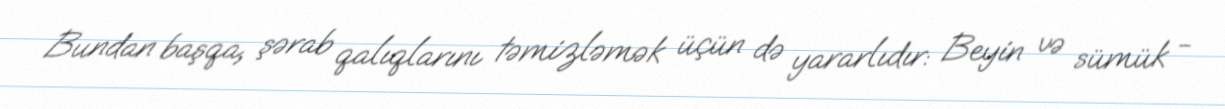
Bundan başqa, şərab qalıqlarını təmizləmək üçün də yararlıdır: Beyin və sümük -